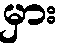
မှား